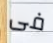
فى